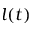
l ( t )